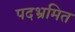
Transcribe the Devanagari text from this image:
पदभ्रमित